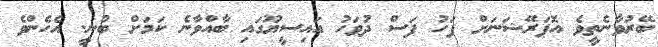
ބޭރުވާނެތީވެ އޮޕަރޭޝަނަށް ފަހު ފަސް ދުވަހު އައިސީޔޫގައި ބާއްވާނެ ކަމަށް ބުނީ. އެހެންވެ